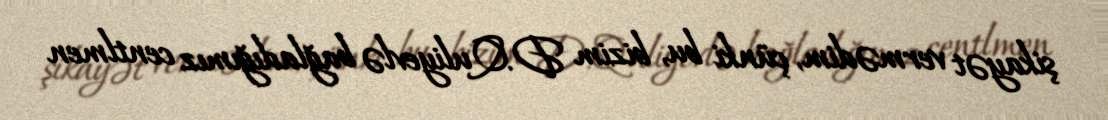
şikayət vermədim, çünki bu, bizim D.Quliyevlə bağladığımız centlmen